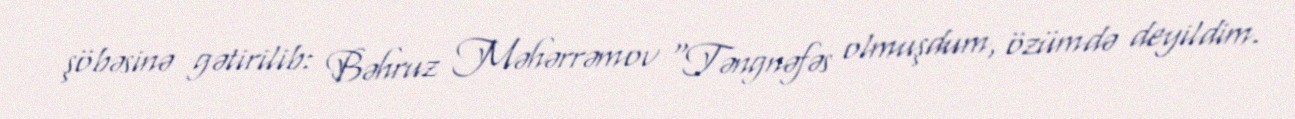
şöbəsinə gətirilib: Bəhruz Məhərrəmov "Təngnəfəs olmuşdum, özümdə deyildim.